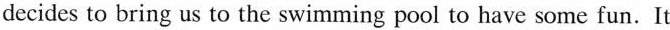
decides to bring us to the swimming pool to have some fun.It